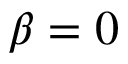
\beta = 0